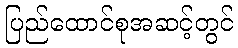
ပြည်ထောင်စုအဆင့်တွင်